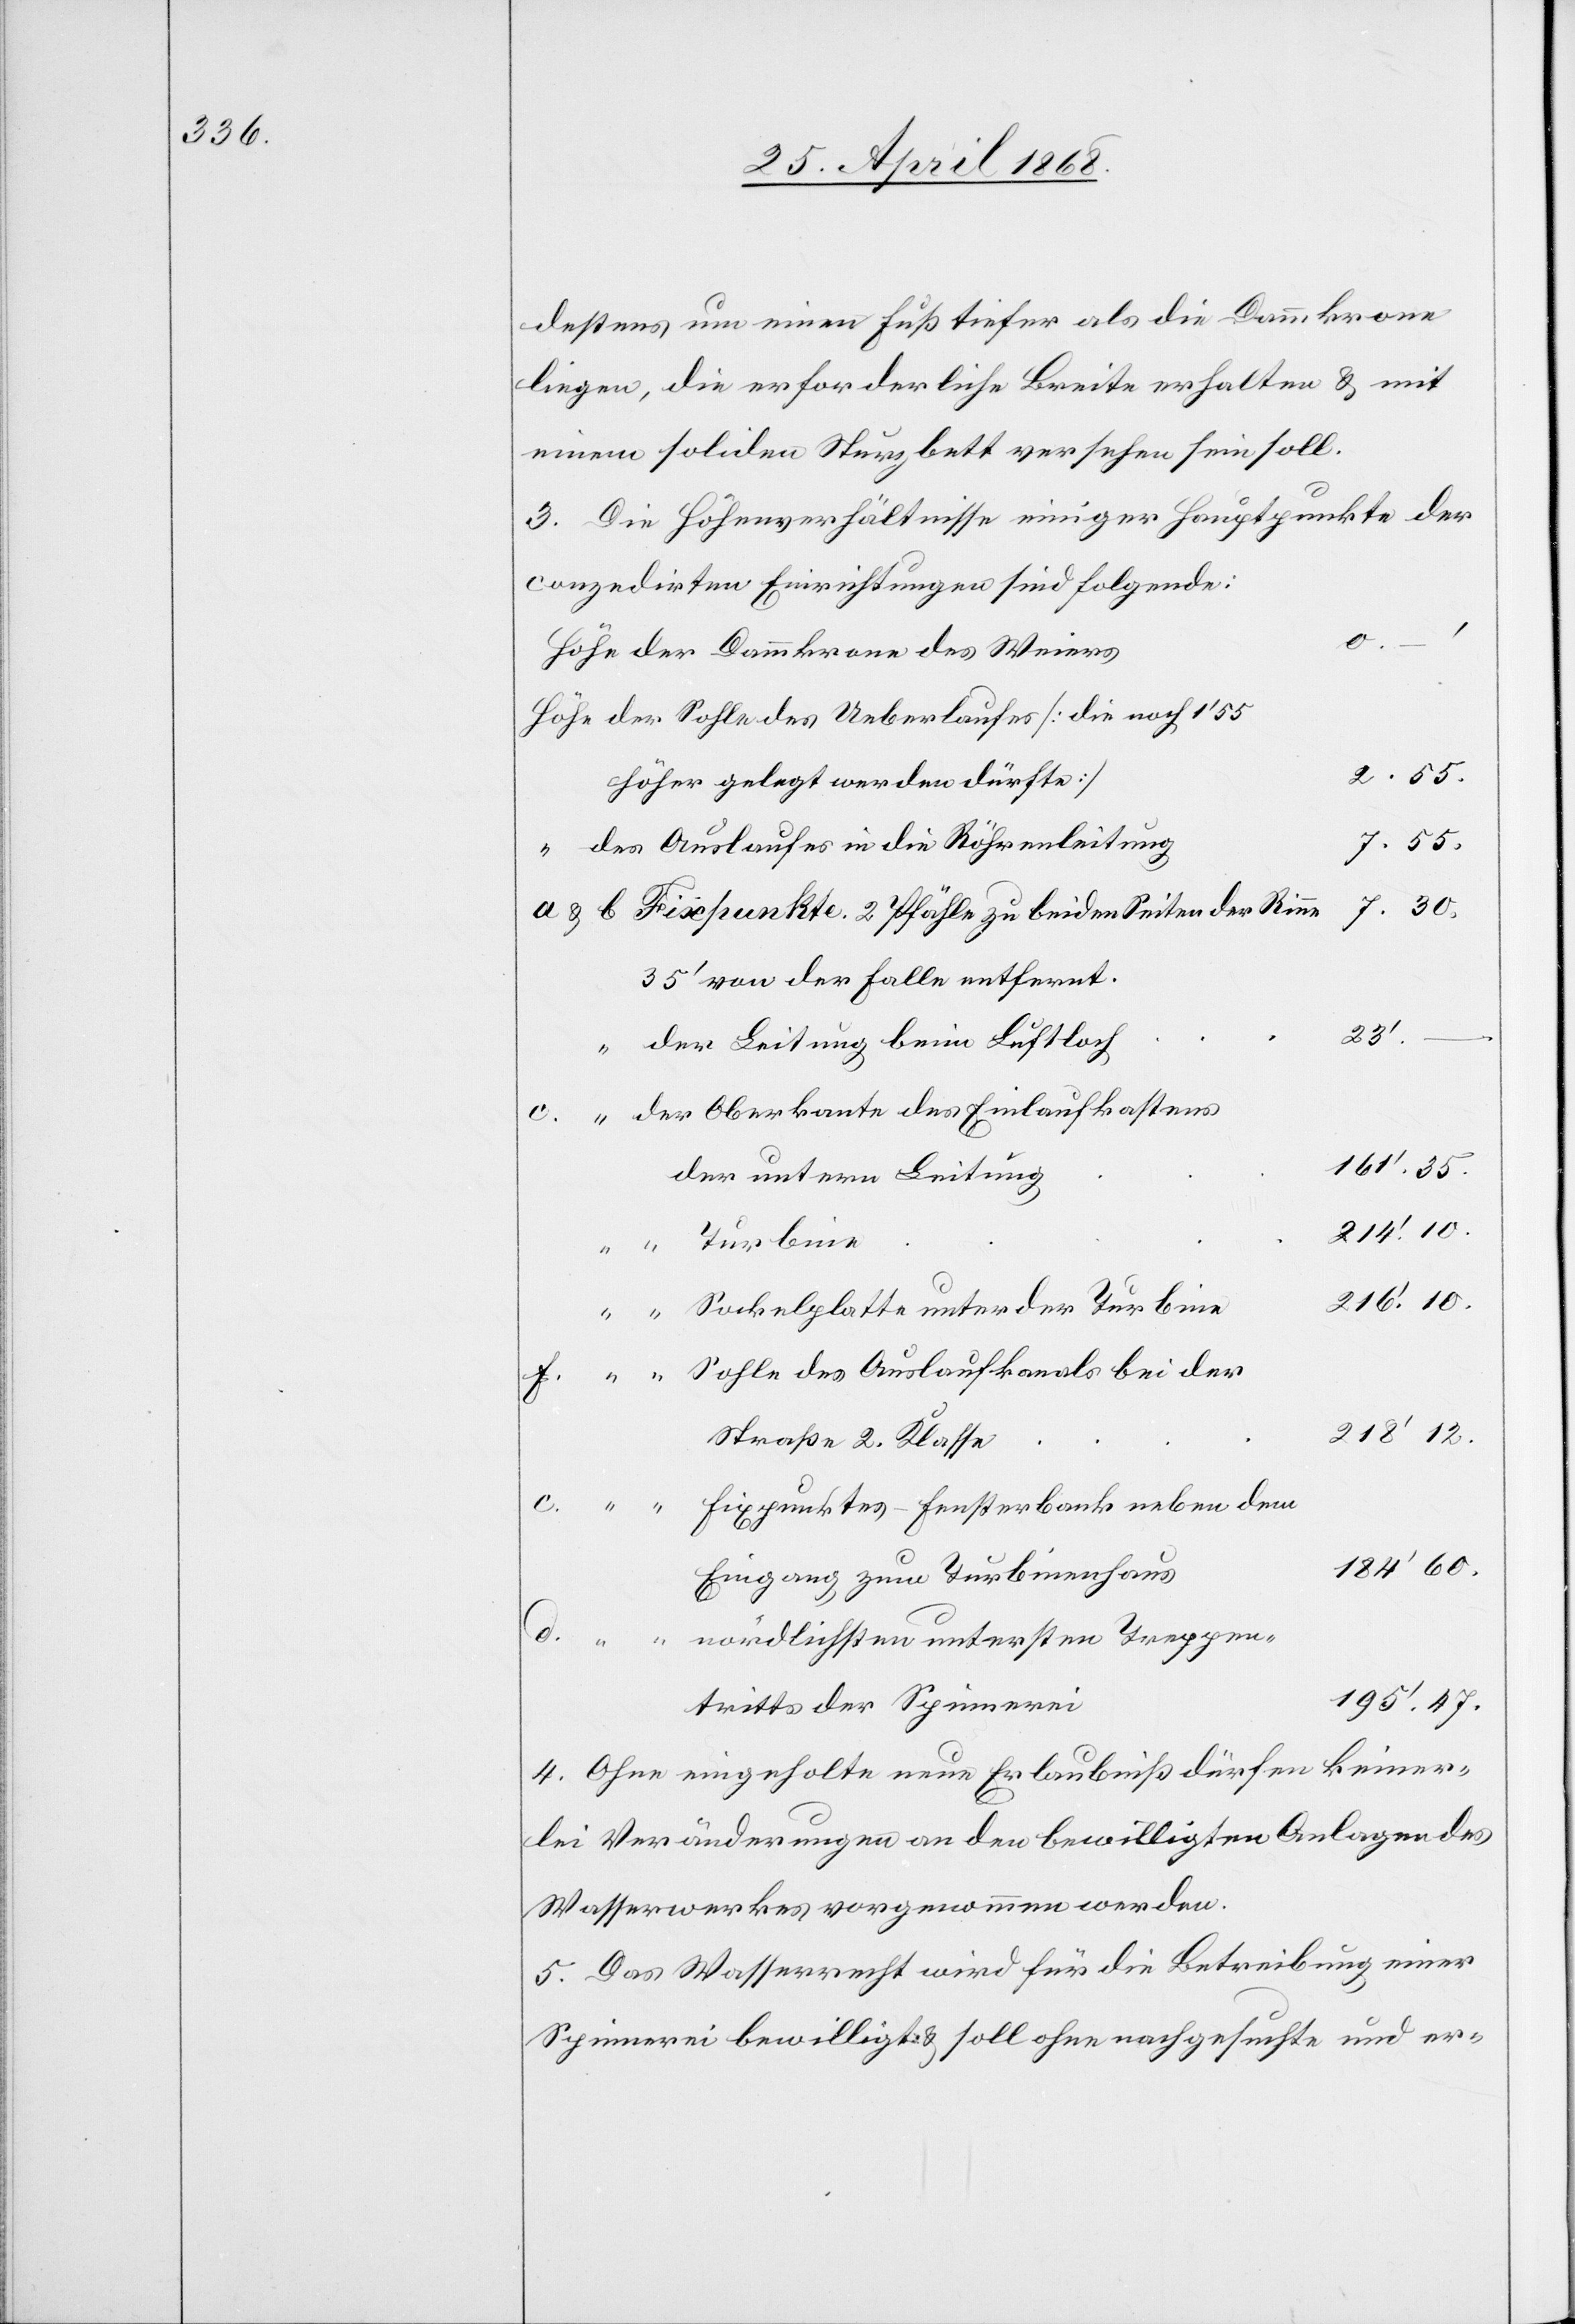
destens um einen Fuß tiefer als die Dammkrone
liegen, die erforderliche Breite erhalten & mit
einem soliden Sturzbett versehen sein soll.
3. Die Höhenverhältnisse einiger Hauptpunkte der
conzedirten Einrichtungen sind folgende:
Höhe der Dammkrone des Weiers
Höhe der Sohle des Ueberlaufes [die noch 1‘ 55
höher gelegt werden dürfte]
7. 55.
des Auslaufes in die Röhrenleitung
7. 30.
a & b Fixpunkte. 2 Pfähle zu beiden Seiten der Rinne
35‘ von der Falle entfernt
der Leitung beim Luftloch
der Oberkante des Einlaufkastens
161‘ 35.
der untern Leitung
214‘
Turbine
10.
216‘ 10.
“ “ Sockelplatte unter der Turbine
f. “ “ Sohle des Auslaufkanals bei der
218‘ 12.
Straße 2. Klasse
Fixpunktes – Fensterbank neben dem
184‘ 60.
Eingang zum Turbinenhaus
nördlichsten untersten Treppen¬
d. “ “
195‘ 47.
tritts der Spinnerei
4. Ohne eingeholte neue Erlaubniß dürfen keiner¬
lei Veränderungen an den bewilligten Anlagen des
Wasserwerkes vorgenommen werden.
5. Das Wasserrecht wird für die Betreibung einer
Spinnerei bewilligt & soll ohne nachgesuchte und er-